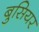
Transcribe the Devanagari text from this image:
बुसियर